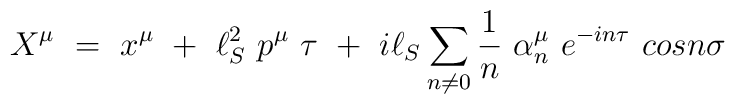
X^\mu ~ =~ x^\mu ~+~ \ell^2_S ~p^\mu~ \tau ~+~ i\ell_S \sum_{n\ne0}\frac{1}{n} ~\alpha^\mu_n ~ e^{-in\tau} ~cosn\sigma